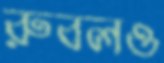
রুবলও